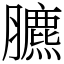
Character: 臕